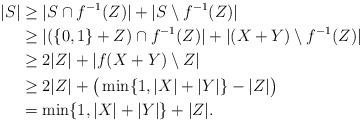
LaTeX: \begin{align*}|S|&\geq |S\cap f^{-1}(Z)|+|S\setminus f^{-1}(Z)|\\&\geq|(\{0,1\}+Z)\cap f^{-1}(Z)|+|(X+Y)\setminus f^{-1}(Z)|\\&\geq 2|Z| + |f(X+Y)\setminus Z|\\&\geq 2|Z|+\big(\min\{1,|X|+|Y|\}- |Z|\big)\\&=\min\{1,|X|+|Y|\}+|Z|.\end{align*}